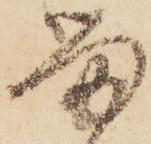
留